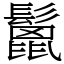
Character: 鬛